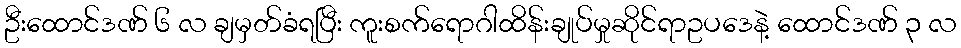
ဦးထောင်ဒဏ် ၆ လ ချမှတ်ခံရပြီး ကူးစက်ရောဂါထိန်းချုပ်မှုဆိုင်ရာဥပဒေနဲ့ ထောင်ဒဏ် ၃ လ